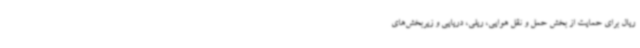
ریال برای حمایت از بخش حمل و نقل هوایی، ریلی، دریایی و زیربخش‌های